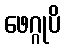
ဖေဂ္ဂုပိ